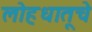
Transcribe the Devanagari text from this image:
लोहधातूचे